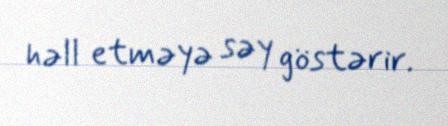
həll etməyə səy göstərir.